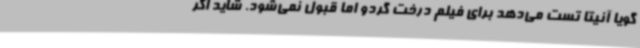
گویا آنیتا تست می‌دهد برای فیلم درخت گردو اما قبول نمی‌شود. شاید اگر